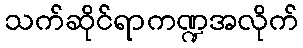
သက်ဆိုင်ရာကဏ္ဍအလိုက်